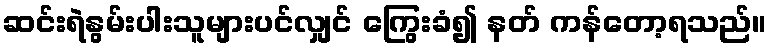
ဆင်းရဲနွမ်းပါးသူများပင်လျှင် ကြွေးခံ၍ နတ် ကန်တော့ရသည်။